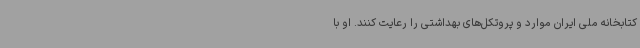
کتابخانه ملی ایران موارد و پروتکل‌های بهداشتی را رعایت کنند. او با